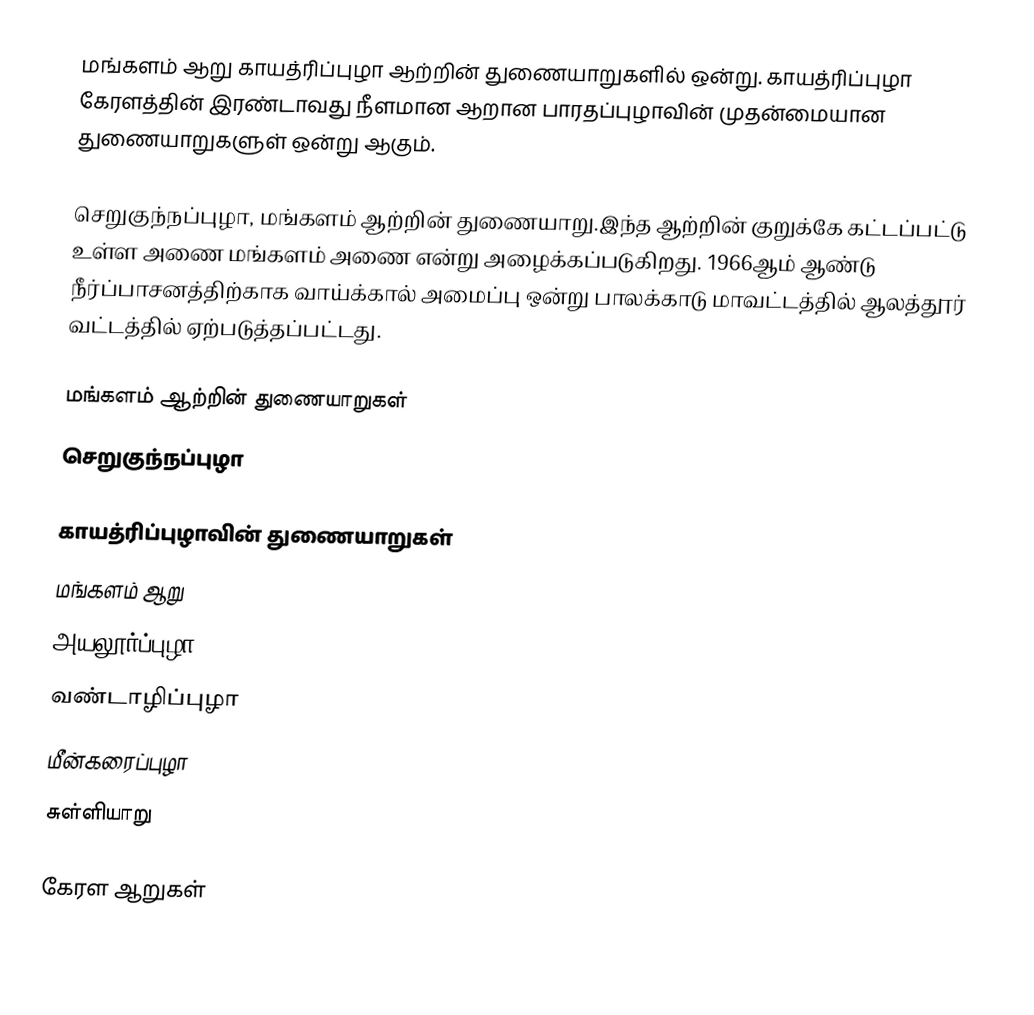
மங்களம் ஆறு காயத்ரிப்புழா ஆற்றின் துணையாறுகளில் ஒன்று. காயத்ரிப்புழா கேரளத்தின் இரண்டாவது நீளமான ஆறான பாரதப்புழாவின் முதன்மையான துணையாறுகளுள் ஒன்று ஆகும்.

செறுகுந்நப்புழா, மங்களம் ஆற்றின் துணையாறு.இந்த ஆற்றின் குறுக்கே கட்டப்பட்டு உள்ள அணை மங்களம் அணை என்று அழைக்கப்படுகிறது. 1966ஆம் ஆண்டு நீர்ப்பாசனத்திற்காக வாய்க்கால் அமைப்பு ஒன்று பாலக்காடு மாவட்டத்தில் ஆலத்தூர் வட்டத்தில் ஏற்படுத்தப்பட்டது.

மங்களம் ஆற்றின் துணையாறுகள்
 செறுகுந்நப்புழா

காயத்ரிப்புழாவின் துணையாறுகள்
 மங்களம் ஆறு
 அயலூர்ப்புழா
 வண்டாழிப்புழா
 மீன்கரைப்புழா
 சுள்ளியாறு

கேரள ஆறுகள்